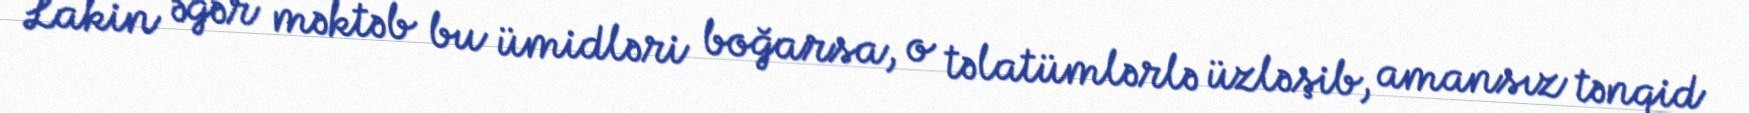
Lakin əgər məktəb bu ümidləri boğarsa, o təlatümlərlə üzləşib, amansız tənqid